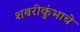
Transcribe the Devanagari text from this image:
शबरीकुंभाचे